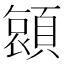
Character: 𮨖